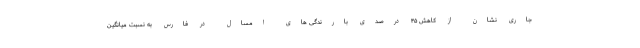
جاری نشان از کاهش ۴۵ درصدی بارندگی های امسال در فارس به نسبت میانگین